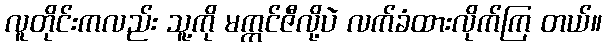
လူတိုင်းကလည်း သူ့ကို မက္ကင်ဇီလို့ပဲ လက်ခံထားလိုက်ကြ တယ်။